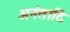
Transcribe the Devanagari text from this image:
अनंतादि